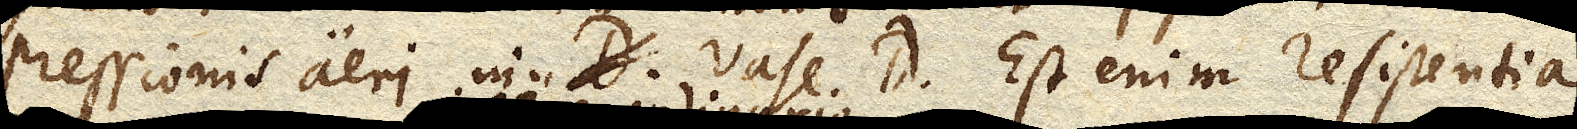
pressionis aeri in vase D. Est enim resistentia